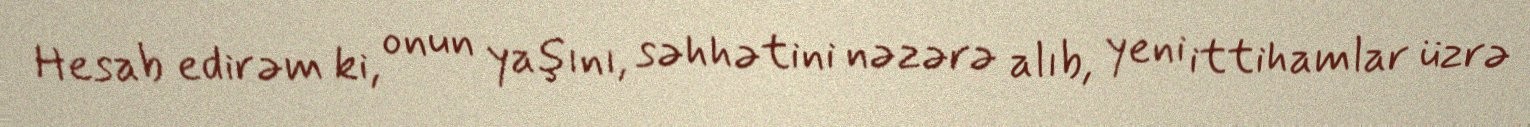
Hesab edirəm ki, onun yaşını, səhhətini nəzərə alıb, yeni ittihamlar üzrə